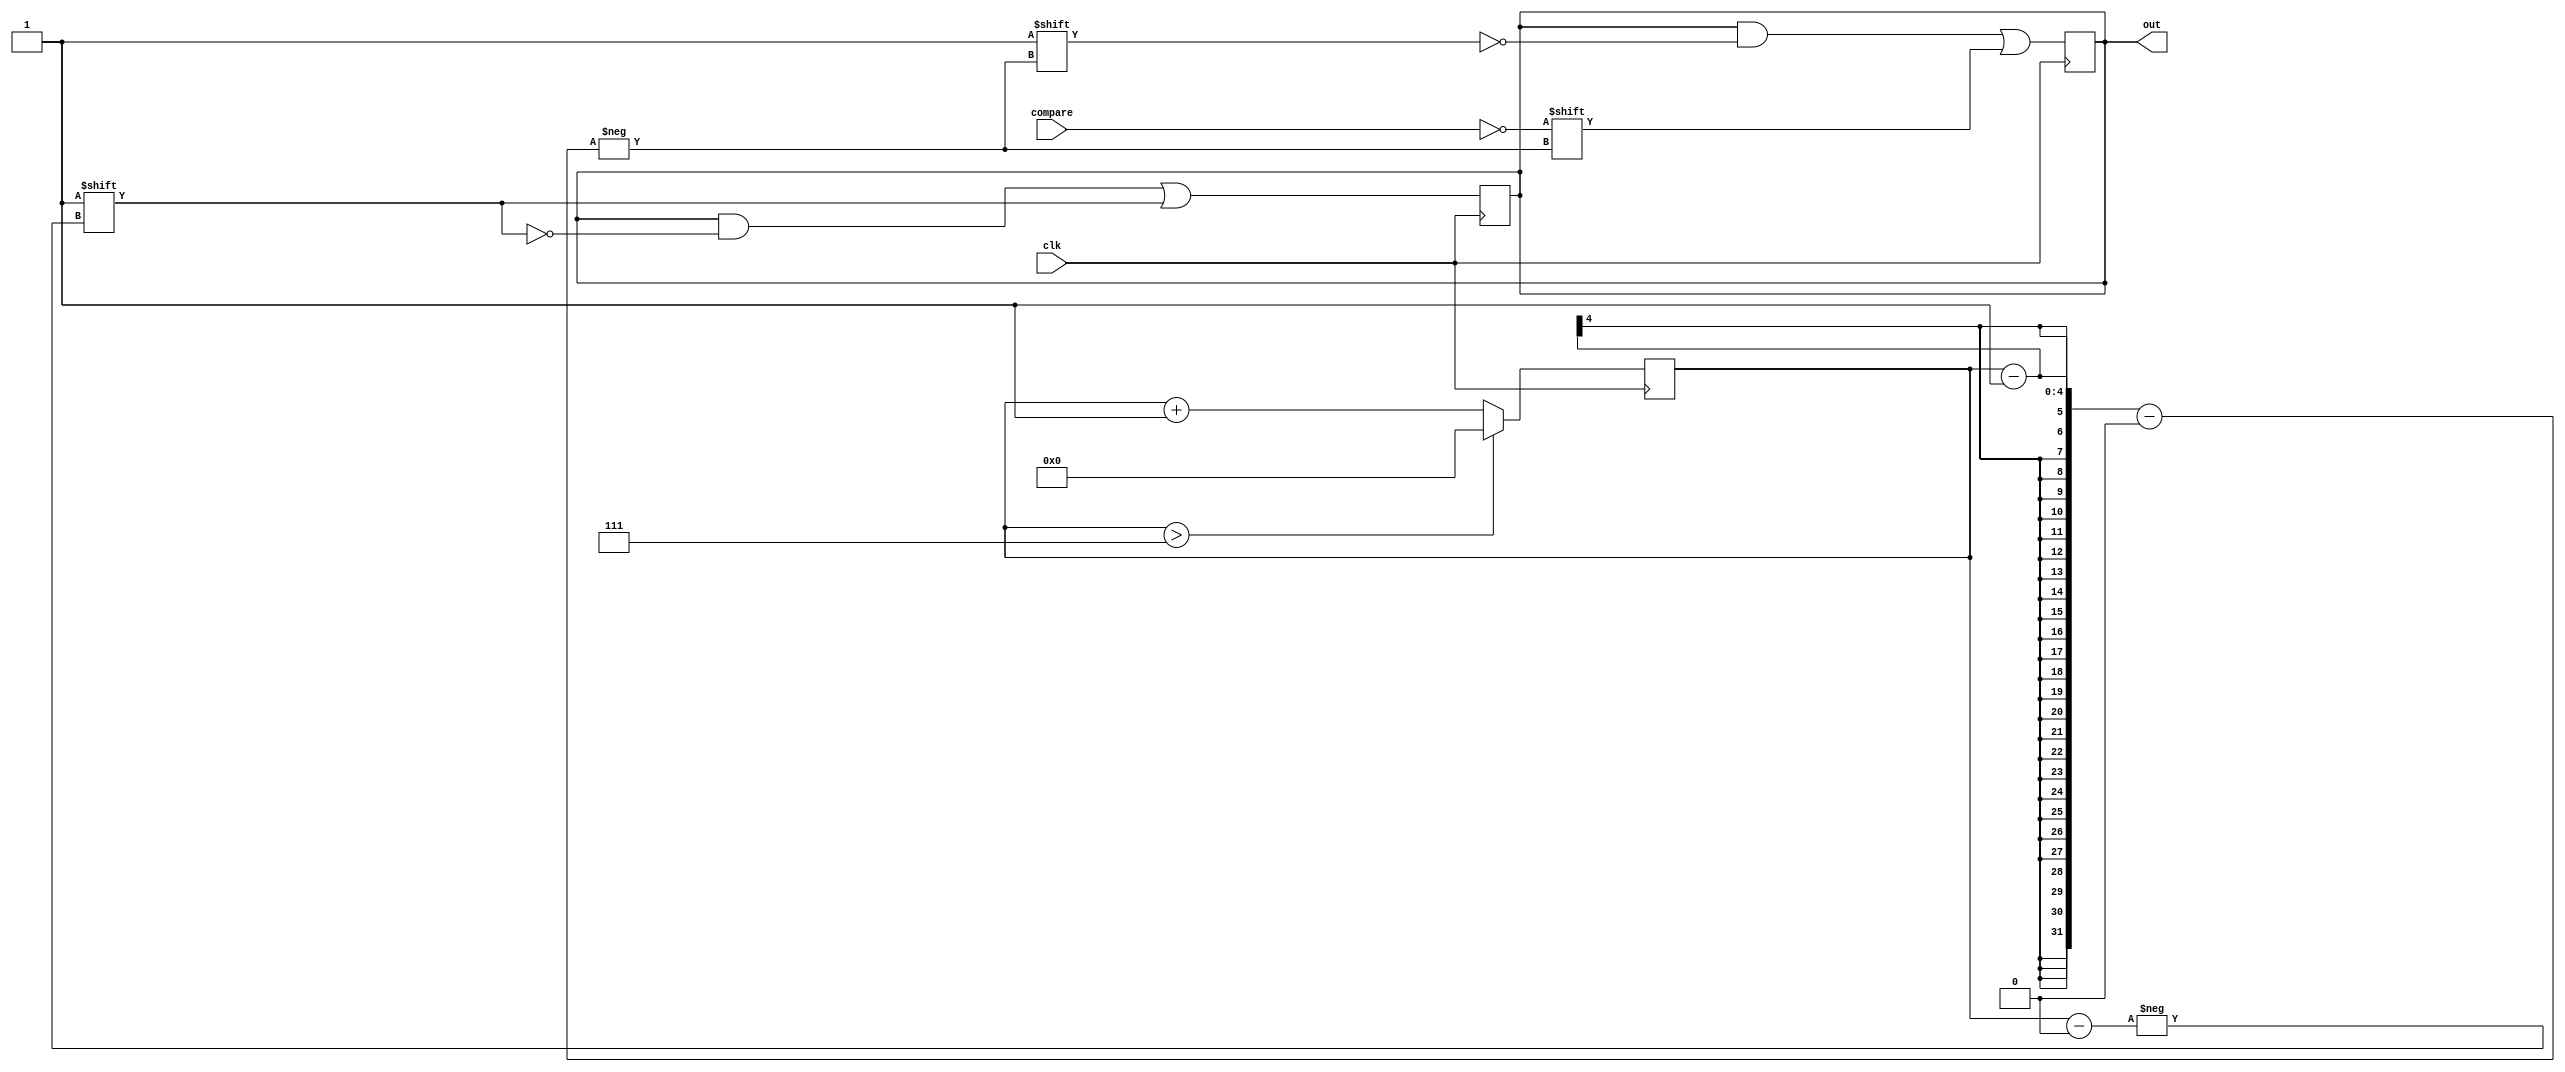
`timescale 1ns / 1ps

module sar(
        input clk,
        input compare,
        output reg [7:0] out
    );
    
    reg [3:0] bit = 0;
    
    always @(posedge clk) begin
        out[bit] = 1;
        
        bit <= bit + 1;
        if (bit > 7)
            bit <= 0;
    end
    
    always @(posedge clk) begin
        out[bit - 1] = !compare;
    end
    
endmodule